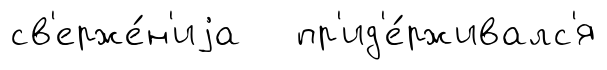
св'ерже́н'иjа пр'ид'е́рживалс'я